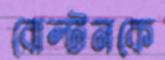
বোল্টনকে